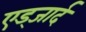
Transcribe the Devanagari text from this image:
एड्जार्द